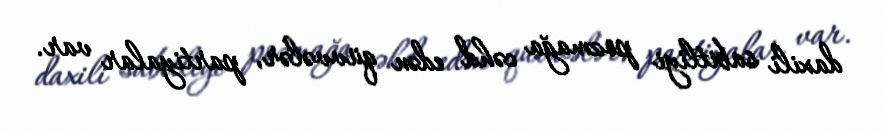
daxili sabitliyi pozmağa cəhd edən qüvvələr, partiyalar var.